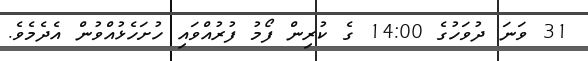
31 ވަނަ ދުވަހުގެ 14:00 ގެ ކުރިން ފޯމު ފުރުއްވައި ހުށަހެޅުއްވުން އެދެމެވެ.